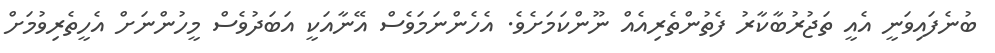
ބުނެފައިވަނީ އެއީ ތަޖުރުބާކާރު ފެތުންތެރިއެއް ނޫންކަމަށެވެ. އެހެންނަމަވެސް އޭނާއަކީ އަބަދުވެސް މީހުންނަށް އެހީތެރިވުމަށް